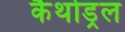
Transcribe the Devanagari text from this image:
कैथोड्रल